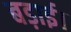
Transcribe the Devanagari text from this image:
बड़ाई।